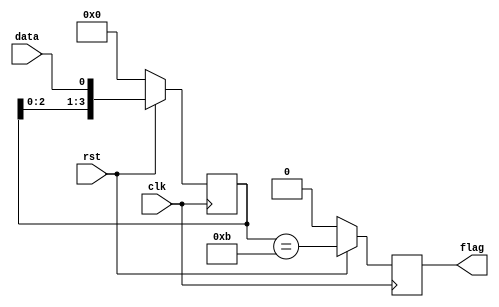

/*
 * VL36 - 
 *   1011
 * 1   10110111 2
 * 2
 * rst
 */
 
`timescale 1ns/1ns
module sequence_test2(
	input wire clk  ,
	input wire rst  ,
	input wire data ,
	output wire flag
);
//*************code***********//
    localparam PATTERN = 4'b1011;
    reg [3:0] srl_reg = 4'h0, srl_next;
    reg flag_reg = 1'b0, flag_next;
    assign flag = flag_reg;
    always @(*) begin
        srl_next = {srl_reg[2:0], data};
        flag_next = srl_reg == PATTERN;
    end
    always @(posedge clk) begin
        if (~rst) begin
            srl_reg <= 4'h0;
            flag_reg <= 1'b0;            
        end else begin
            srl_reg <= srl_next;
            flag_reg <= flag_next;
        end
    end
endmodule